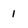
Character: l